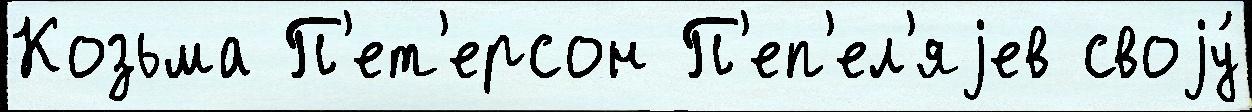
Козьма П'ет'ерсон П'еп'ел'яjев своjу́